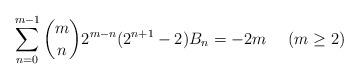
LaTeX: \begin{align*}\sum_{n=0}^{m-1}{m \choose n}2^{m-n}(2^{n+1}-2)B_{n} = -2m\ \ \ \ (m \geq 2) \end{align*}